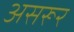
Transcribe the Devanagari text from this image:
असरूर